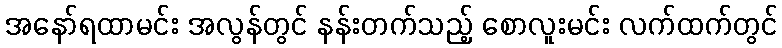
အနော်ရထာမင်း အလွန်တွင် နန်းတက်သည့် စောလူးမင်း လက်ထက်တွင်